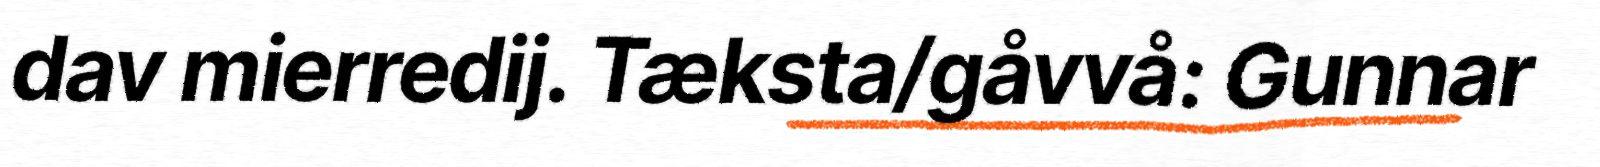
dav mierredij. Tæksta/gåvvå: Gunnar